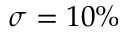
\sigma = 1 0 \%